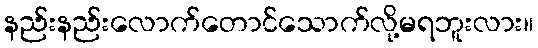
နည်းနည်းလောက်တောင်သောက်လို့မရဘူးလား။